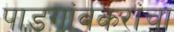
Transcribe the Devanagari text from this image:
पाडगांवकरांचा